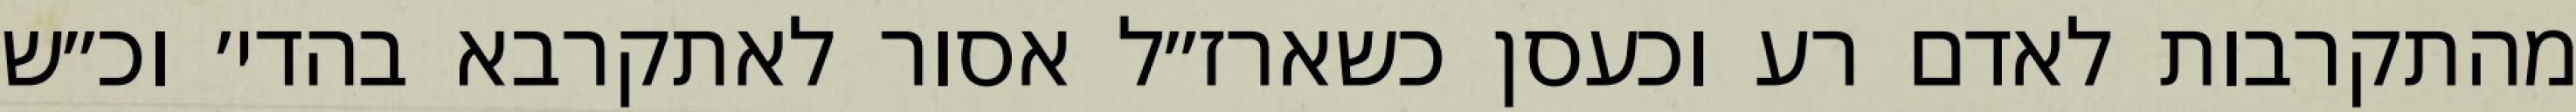
מהתקרבות לאדם רע וכעסן כשארז״ל אסור לאתקרבא בהדי׳ וכ״ש